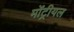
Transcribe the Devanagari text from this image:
मोंट्रीयल